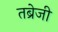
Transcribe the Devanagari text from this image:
तब्रेजी